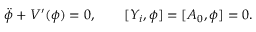
\ddot { \phi } + V ^ { \prime } ( \phi ) = 0 , \qquad [ Y _ { i } , \phi ] = [ A _ { 0 } , \phi ] = 0 .